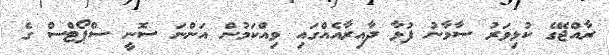
ރާއްޖޭގެ ކުޅިވަރު ސާމާނު ފުޅާ ދާއިރާއެއްގައި ވިއްކަމުން އަންނަ ސޮނީ ސްޕޯޓްސް ގެ